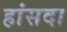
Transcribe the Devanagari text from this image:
हांसदा